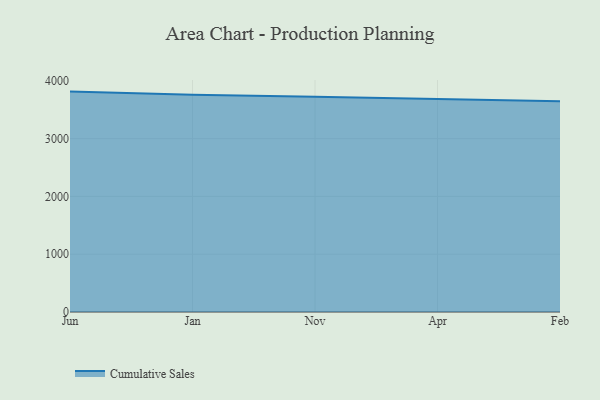
{"axis": {"x": "Month", "y": "Market Share (%)"}, "legend": ["Cumulative Sales"], "data": [{"x": "Jun", "y": 3813.4, "type": "Cumulative Sales"}, {"x": "Jan", "y": 3758.9, "type": "Cumulative Sales"}, {"x": "Nov", "y": 3725.7, "type": "Cumulative Sales"}, {"x": "Apr", "y": 3681.0, "type": "Cumulative Sales"}, {"x": "Feb", "y": 3645.7, "type": "Cumulative Sales"}]}